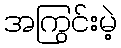
အကြွင်းမဲ့